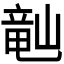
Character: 𬺘